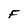
Character: F